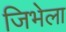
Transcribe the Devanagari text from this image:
जिभेला